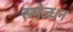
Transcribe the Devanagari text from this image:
स्लेज्धन